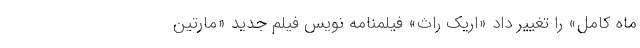
ماه کامل» را تغییر داد «اریک راث» فیلمنامه نویس فیلم جدید «مارتین